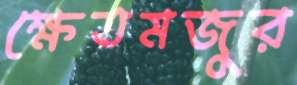
ক্ষেতমজুর